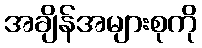
အချိန်အများစုကို